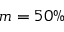
m = 5 0 \%